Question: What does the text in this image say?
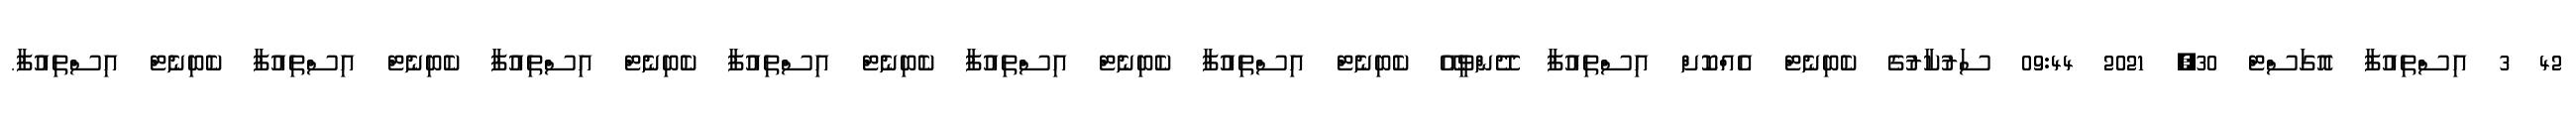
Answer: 42 3 އިސްތިއުފާ އޮގަސްޓް 30, 2021 09:44 ސަރުކާރުގެ ކެބިނެޓް އެއްކޮށް އިސްތިއުފާ ދޭންވީއޭ ކެބިނެޓް އިސްތިއުފާ ކެބިނެޓް އިސްތިއުފާ ކެބިނެޓް އިސްތިއުފާ ކެބިނެޓް އިސްތިއުފާ ކެބިނެޓް އިސްތިއުފާ ކެބިނެޓް އިސްތިއުފާ.